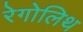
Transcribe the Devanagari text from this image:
रेगोलिथ